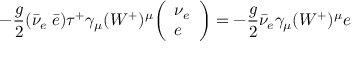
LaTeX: - { \frac { g } { 2 } } ( { \bar { \nu } } _ { e } \; { \bar { e } } ) \tau ^ { + } \gamma _ { \mu } ( W ^ { + } ) ^ { \mu } { \left( \begin{array} { l } { { \nu _ { e } } } \\ { e } \end{array} \right) } = - { \frac { g } { 2 } } { \bar { \nu } } _ { e } \gamma _ { \mu } ( W ^ { + } ) ^ { \mu } e